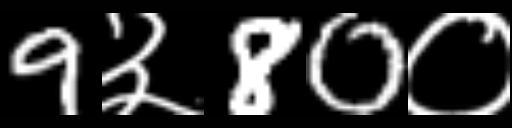
Text: 9३80०